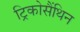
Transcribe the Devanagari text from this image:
ट्रिकोसैंथिन